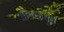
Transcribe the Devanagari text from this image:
अटकपूर्व